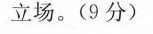
立场。(9分)